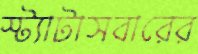
স্ট্যাটাসবারের